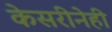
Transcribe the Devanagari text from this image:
केसरीनेही